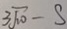
3 \sqrt { 1 0 } - S